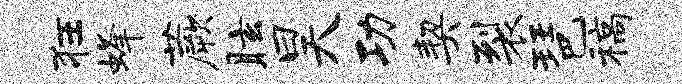
狂蜂蕨眩昊功契裂琶稿